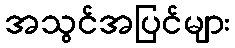
အသွင်အပြင်များ